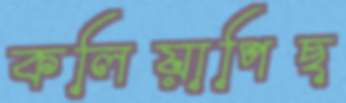
কলিয়াপিছ